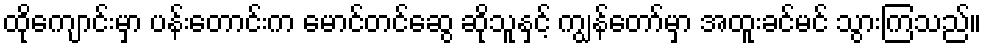
ထိုကျောင်းမှာ ပန်းတောင်းက မောင်တင်ဆွေ ဆိုသူနှင့် ကျွန်တော်မှာ အထူးခင်မင် သွားကြသည်။